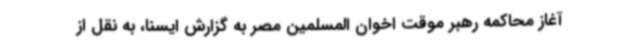
آغاز محاکمه رهبر موقت اخوان المسلمین مصر به گزارش ایسنا، به نقل از